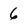
Character: 6